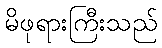
မိဖုရားကြီးသည်